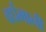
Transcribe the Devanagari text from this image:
वर्धमानी